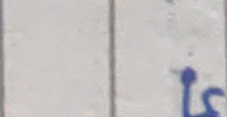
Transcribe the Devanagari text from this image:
ल